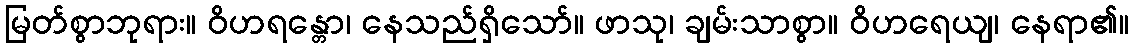
မြတ်စွာဘုရား။ ဝိဟရန္တော၊ နေသည်ရှိသော်။ ဖာသု၊ ချမ်းသာစွာ။ ဝိဟရေယျ၊ နေရာ၏။